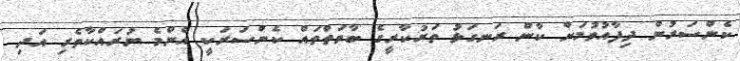
ކެންސަރުން ދިފާއުވުމަށް ކާން ރަނގަޅު ތަރުކާރީގެ ބާވަތްތައް ކެންސަރަކީ އެންމެ ނުރައްކާތެރި އަދި